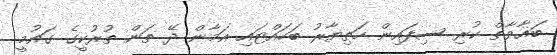
ބަޣާވާތް ކުރި ސިފައިން ހަތިޔާރު ބަހައްޓައި އަމާން ދޭ ތަން ތުރުކީގެ ގައުމީ